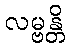
လမ္ဗန္တိ